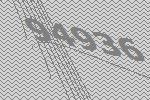
94936